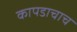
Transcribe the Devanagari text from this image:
कापडाचाच